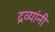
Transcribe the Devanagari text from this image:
द्रव्यांनी